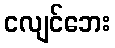
ငလျင်ဘေး